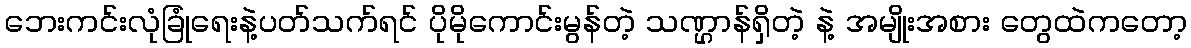
ဘေးကင်းလုံခြုံရေးနဲ့ပတ်သက်ရင် ပိုမိုကောင်းမွန်တဲ့ သဏ္ဌာန်ရှိတဲ့ နဲ့ အမျိုးအစား တွေထဲကတော့